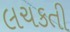
લચકતી